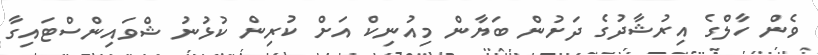
ވެން ހާލްގެ އިރުޝާދުގެ ދަށުން ބަޔާން މިއުނިކް އަށް ކުރިން ކުޅުނު ޝްވައިންސްޓައިގާ